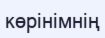
көрінімнің